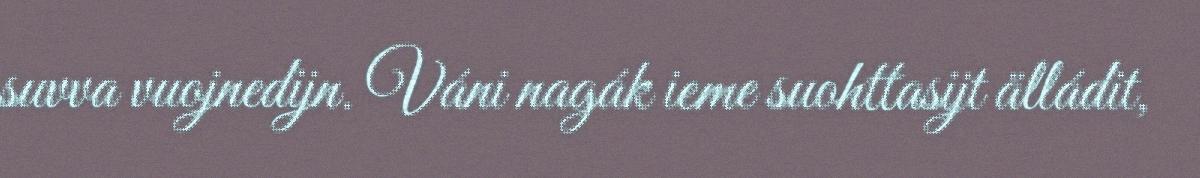
suvva vuojnedijn. Váni nagák ieme suohttasijt älládit,